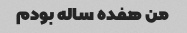
من هفده ساله بودم